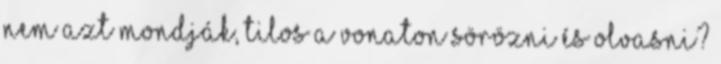
nem azt mondják, tilos a vonaton sörözni és olvasni?